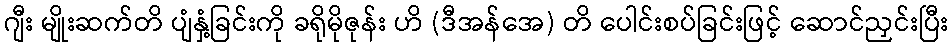
ဂျီး မျိုးဆက်တိ ပျံနှံ့ခြင်းကို ခရိုမိုဇုန်း ဟိ (ဒီအန်အေ) တိ ပေါင်းစပ်ခြင်းဖြင့် ဆောင်ညှင်းပြီး